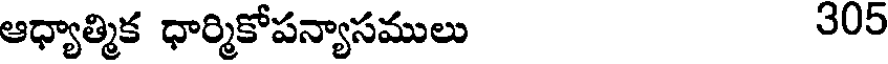
ఆధ్యాత్మిక ధార్మికోపన్యాసములు 305